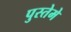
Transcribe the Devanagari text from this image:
पुस्तेमे